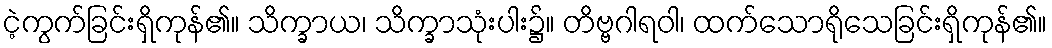
ငဲ့ကွက်ခြင်းရှိကုန်၏။ သိက္ခာယ၊ သိက္ခာသုံးပါး၌။ တိဗ္ဗဂါရဝါ၊ ထက်သောရိုသေခြင်းရှိကုန်၏။